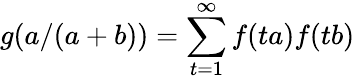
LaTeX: g(a/(a+b))=\sum_{t=1}^{\infty}f(ta)f(tb)